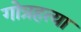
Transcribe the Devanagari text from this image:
गोत्रहत्या